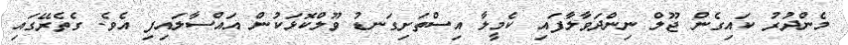
މެންދުރު ކައިގެން ޖޫލް ނިންދަވާލާފައި ކެމީލާ އިސްތަށިގަނޑު ވޫލްކޮޅަކުން އައްސާލައިފި އެވެ. ގެތެރޭގައި